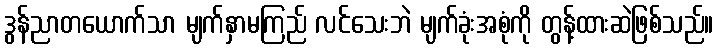
ဒွန်ညာတယောက်သာ မျက်နှာမကြည် လင်သေးဘဲ မျက်ခုံးအစုံကို တွန့်ထားဆဲဖြစ်သည်။